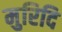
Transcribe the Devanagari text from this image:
मुरिदि